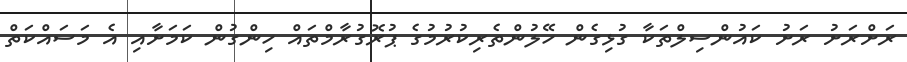
ރަށްރަށު ރަށު ކައުންސިލްތަކާ ގުޅިގެން ހޭލުންތެރިކުރުމުގެ ޕުރޮގުރާމްތައް ހިންގުން ކަމަށާއި އެ މަސައްކަތް